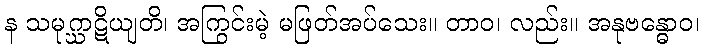
န သမုဂ္ဃာဋိယျတိ၊ အကြွင်းမဲ့ မဖြတ်အပ်သေး။ တာဝ၊ လည်း။ အနုဗန္ဓောဝ၊